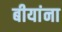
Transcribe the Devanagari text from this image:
बीयांना